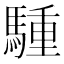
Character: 𫘐